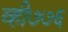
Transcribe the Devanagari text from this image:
व्ही७७६